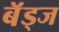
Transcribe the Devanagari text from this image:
बॅड्ज